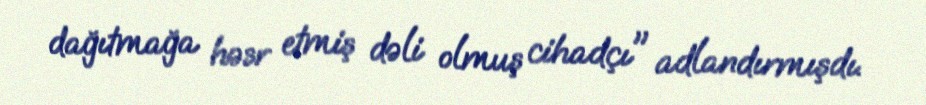
dağıtmağa həsr etmiş dəli olmuş cihadçı" adlandırmışdı.